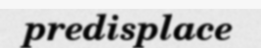
predisplace